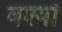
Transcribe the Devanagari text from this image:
वश्यो